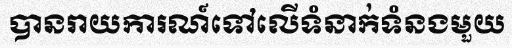
បានរាយការណ៍ទៅលើទំនាក់ទំនងមួយ